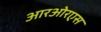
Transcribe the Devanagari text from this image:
आरओरएस